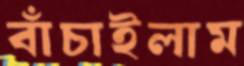
বাঁচাইলাম